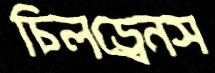
চিলড্রেনস